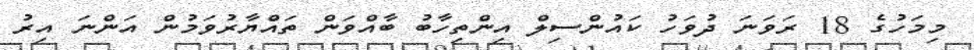
މިމަހުގެ 18 ރަވަނަ ދުވަހު ކައުންސިލް އިންތިހާބު ބާއްވަން ތައްޔާރުވަމުން އަންނަ އިރު